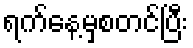
ရက်နေ့မှစတင်ပြီး